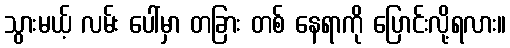
သွားမယ့် လမ်း ပေါ်မှာ တခြား တစ် နေရာကို ပြောင်းလို့ရလား။